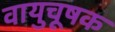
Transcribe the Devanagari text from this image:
वायुचूषक